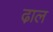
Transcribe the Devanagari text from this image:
ढा़ल